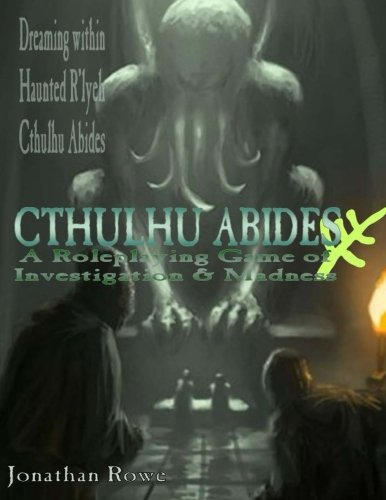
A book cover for Cthulhu Abides: A Roleplaying Game of Investigation & Madness; Jonathan Rowe; Science Fiction & Fantasy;